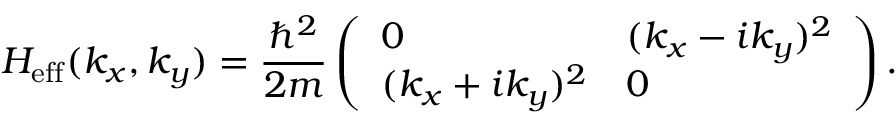
H _ { \mathrm { e f f } } ( k _ { x } , k _ { y } ) = \frac { \hbar ^ { 2 } } { 2 m } \left( \begin{array} { l l } { 0 } & { ( k _ { x } - i k _ { y } ) ^ { 2 } } \\ { ( k _ { x } + i k _ { y } ) ^ { 2 } } & { 0 } \end{array} \right) .